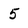
Character: 5